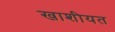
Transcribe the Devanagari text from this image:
खाशीयत